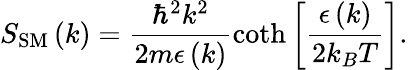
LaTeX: S_{\mathrm{SM}}\left(k\right)=\frac{\hbar^{2}k^{2}}{2m\epsilon\left(k\right)}\coth\left[\frac{\epsilon\left(k\right)}{2k_{B}T}\right].